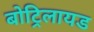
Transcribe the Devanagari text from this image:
बोट्रिलायड